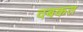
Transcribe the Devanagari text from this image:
दबकत